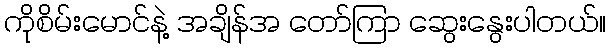
ကိုစိမ်းမောင်နဲ့ အချိန်အ တော်ကြာ ဆွေးနွေးပါတယ်။